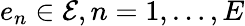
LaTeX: e_{n}\in\mathcal{E},n=1,\dots,E